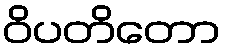
ဝိပတိတော